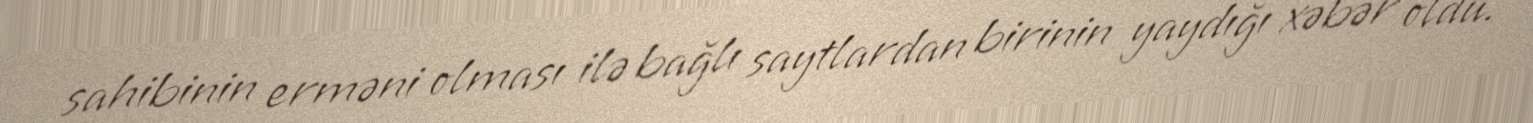
sahibinin erməni olması ilə bağlı saytlardan birinin yaydığı xəbər oldu.